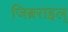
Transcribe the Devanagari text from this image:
जिब्रराइल्